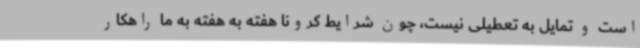
است و تمایل به تعطیلی نیست، چون شرایط کرونا هفته به هفته به ما راهکار